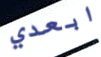
ابعدي